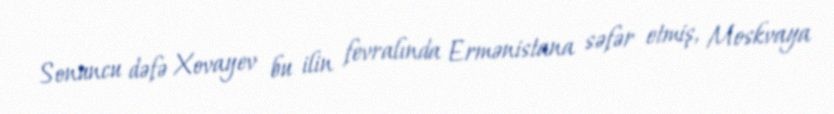
Sonuncu dəfə Xovayev bu ilin fevralında Ermənistana səfər etmiş, Moskvaya